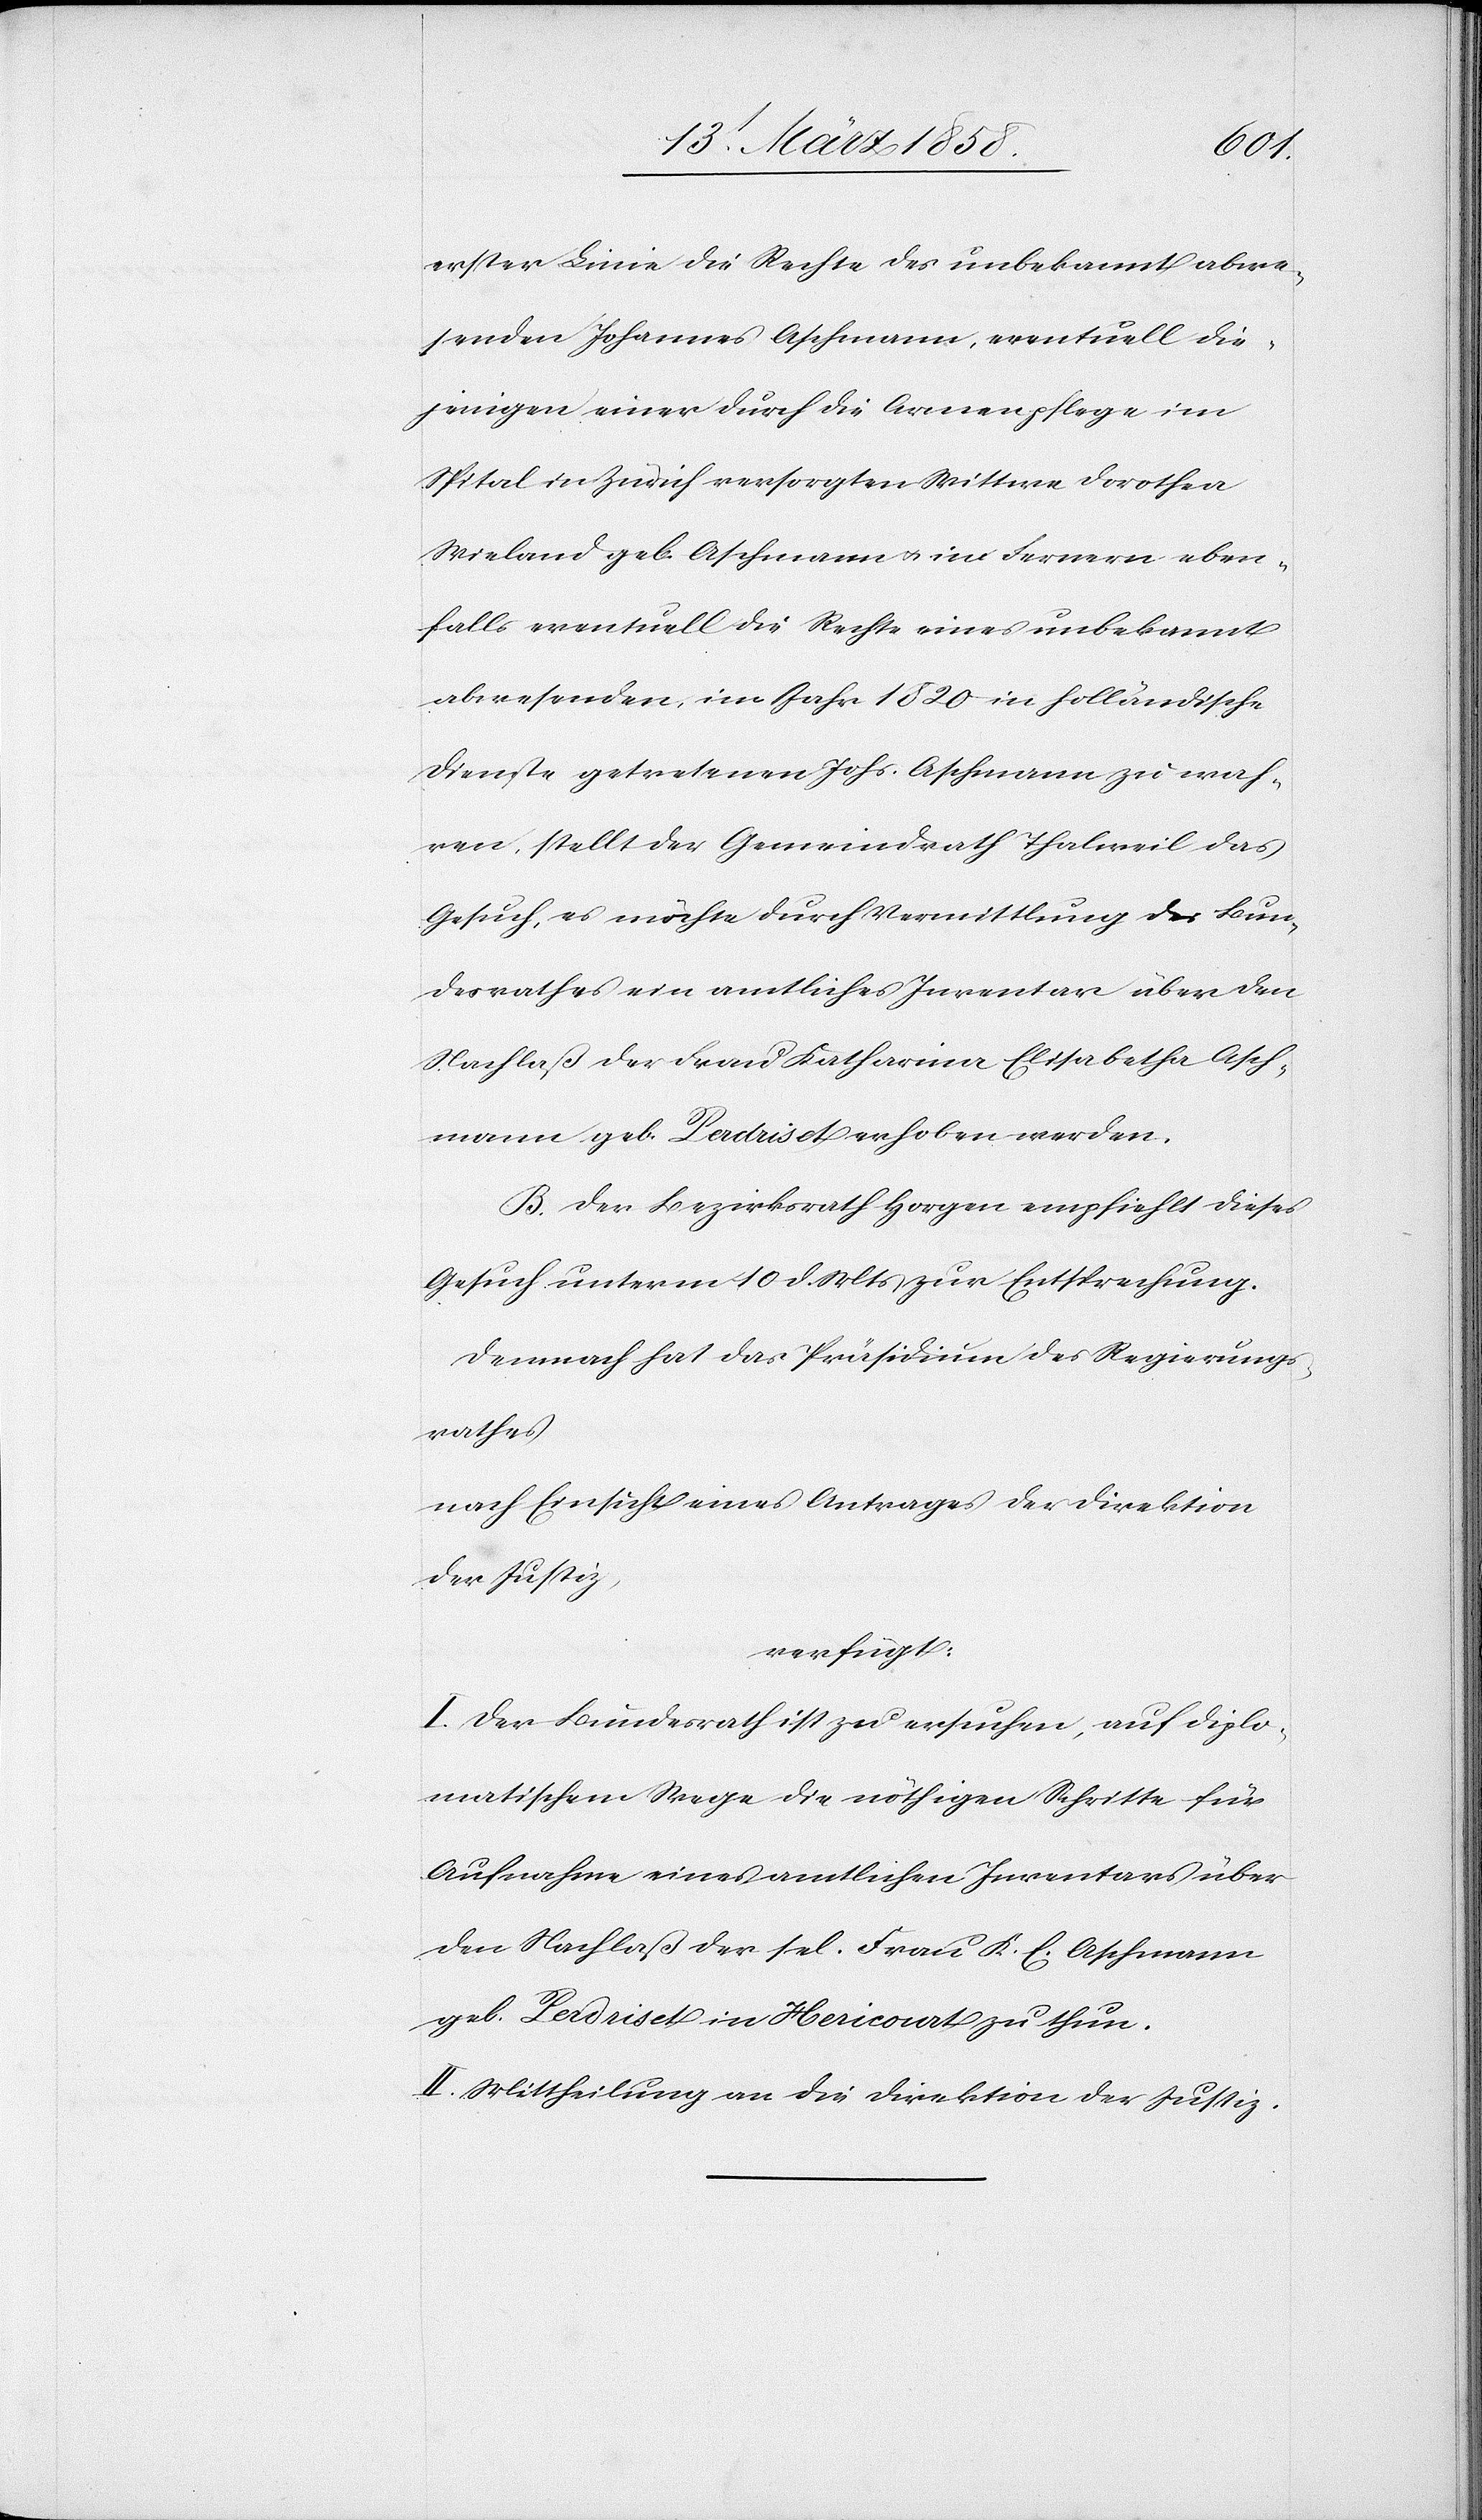
erster Linie die Rechte des unbekannt abwe¬
senden Johannes Aschmann, eventuell die¬
jenigen einer durch die Armenpflege im
Spital in Zürich versorgten Wittwe Dorothea
Wieland geb. Aschmann u. im Fernern eben¬
falls eventuell die Rechte eines unbekannt
abwesenden, im Jahr 1820 in holländische
Dienste getretenen Johs. Aschmann zu wah¬
ren, stellt der Gemeindrath Thalweil das
Gesuch, es möchte durch Vermittlung des Bun¬
desrathes ein amtliches Inventar über den
Nachlaß der Frau Katharina Elisabetha Asch¬
mann geb. Perdriset erhoben werden.
B. Der Bezirksrath Horgen empfiehlt dieses
Gesuch unterm 10. d. Mts. zur Entsprechung.
Demnach hat das Präsidium des Regierungs¬
rathes
nach Einsicht eines Antrages der Direktion
der Justiz,
verfügt:
I. Der Bundesrath ist zu ersuchen, auf diplo¬
matischem Wege die nöthigen Schritte für
Aufnahme eines amtlichen Inventars über
den Nachlaß der sel. Frau K. E. Aschmann
geb. Perdriset in Herocourt [sic!] zu thun.
II. Mittheilung an die Direktion der Justiz.